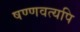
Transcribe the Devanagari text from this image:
षण्णवत्यपि